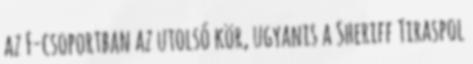
az F-csoportban az utolsó kör, ugyanis a Sheriff Tiraspol